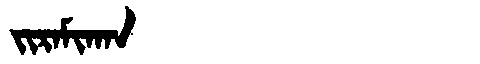
Manchu: ᠵᡳᡵᠠᠮᡳᡴᠠᠨ
Romanization: JIRAMIKAN